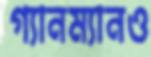
গ্যানম্যানও